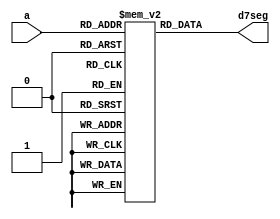
module lab3_2(
    input [3:0] a,
    output reg [6:0] d7seg
);

reg [6:0] segment_codes [0:15];

initial begin
    segment_codes[0] = 7'b0111111; // 0
    segment_codes[1] = 7'b0000110; // 1
    segment_codes[2] = 7'b1011011; // 2
    segment_codes[3] = 7'b1001111; // 3
    segment_codes[4] = 7'b1100110; // 4
    segment_codes[5] = 7'b1101101; // 5
    segment_codes[6] = 7'b1111101; // 6
    segment_codes[7] = 7'b0000111; // 7
    segment_codes[8] = 7'b1111111; // 8
    segment_codes[9] = 7'b1101111; // 9
	 segment_codes[10] = 7'b1110111; // A
	 segment_codes[11] = 7'b1111100; // B
	 segment_codes[12] = 7'b0111001; // C
	 segment_codes[13] = 7'b1011110; // d
	 segment_codes[14] = 7'b1111001; // E
	 segment_codes[15] = 7'b1110001; // F
end

always @(a)
	  d7seg = segment_codes[a];

endmodule